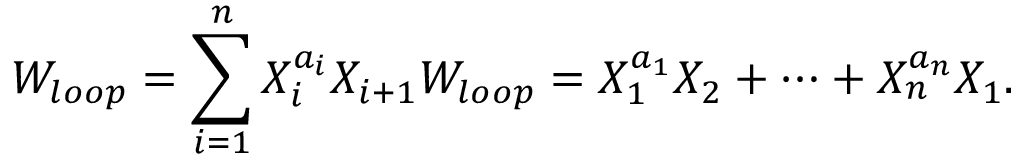
W _ { l o o p } = \sum _ { i = 1 } ^ { n } { X _ { i } ^ { a _ { i } } X _ { i + 1 } } W _ { l o o p } = X _ { 1 } ^ { a _ { 1 } } X _ { 2 } + \cdots + X _ { n } ^ { a _ { n } } X _ { 1 } .